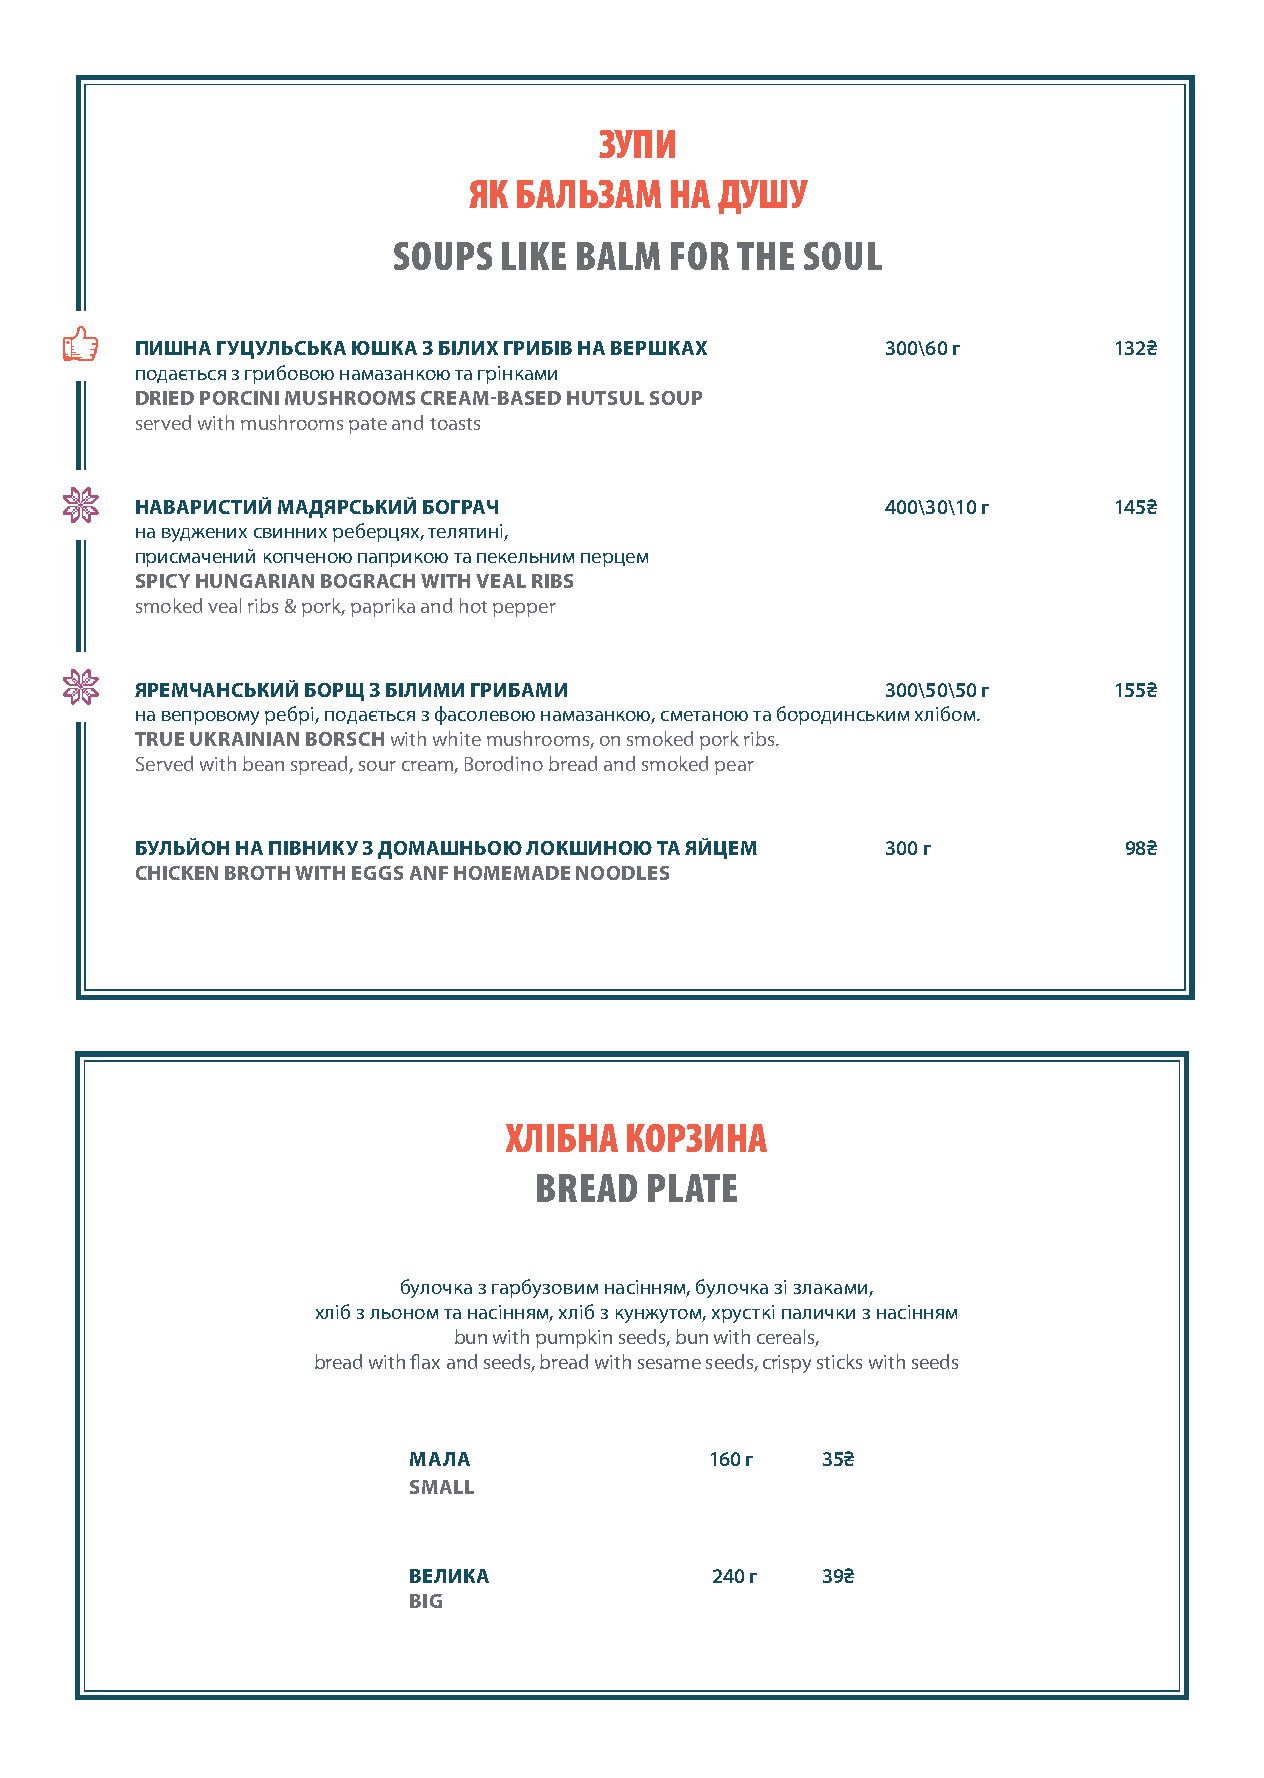
ЗУПИ
 ЯК БАЛЬЗАМ   НА  ДУШУ
 SOUPS  LIKE BALM  FOR  THE SOUL
 ПИШНА ГУЦУЛЬСЬКА ЮШКА З БІЛИХ ГРИБІВ НА ВЕРШКАХ   300\60 г       132₴
 подається з грибовою намазанкою та грінками
 DRIED PORCINI MUSHROOMS CREAM-BASED HUTSUL SOUP
 served with mushrooms pate and toasts
 НАВАРИСТИЙ МАДЯРСЬКИЙ БОГРАЧ                      400\30\10 г    145₴
 на вуджених свинних реберцях, телятині,
 присмачений копченою паприкою та пекельним перцем
 SPICY HUNGARIAN BOGRACH WITH VEAL RIBS
 smoked veal ribs & pork, paprika and hot pepper
 ЯРЕМЧАНСЬКИЙ БОРЩ З БІЛИМИ ГРИБАМИ                300\50\50 г    155₴
 на вепровому ребрі, подається з фасолевою намазанкою, сметаною та бородинським хлібом.
 TRUE UKRAINIAN BORSCH with white mushrooms, on smoked pork ribs.
 Served with bean spread, sour cream, Borodino bread and smoked pear
 БУЛЬЙОН НА ПІВНИКУ З ДОМАШНЬОЮ ЛОКШИНОЮ ТА ЯЙЦЕМ  300 г          98₴
 CHICKEN BROTH WITH EGGS ANF HOMEMADE NOODLES
 ХЛІБНА  КОРЗИНА
 BREAD   PLATE
 булочка з гарбузовим насінням, булочка зі злаками,
 хліб з льоном та насінням, хліб з кунжутом, хрусткі палички з насінням
 bun with pumpkin seeds, bun with cereals,
 bread with flax and seeds, bread with sesame seeds, crispy sticks with seeds
 МАЛА                160 г  35₴
 SMALL
 ВЕЛИКА              240 г  39₴
 BIG